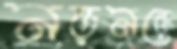
নড়নড়ে